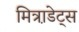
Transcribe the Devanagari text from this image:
मित्रा़डेट्स